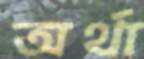
অর্থা